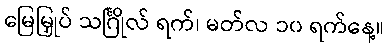
မြေမြှုပ် သင်္ဂြိုလ် ရက်၊ မတ်လ ၁၀ ရက်နေ့။